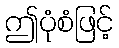
ဤပုံစံဖြင့်